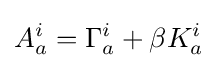
A_{a}^{i}=\Gamma _{a}^{i}+\beta K_{a}^{i}